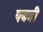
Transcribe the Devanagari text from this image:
पबबी